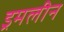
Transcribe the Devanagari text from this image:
ड्रमलीन